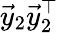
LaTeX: \vec{y}_{2}\vec{y}_{2}^{\top}